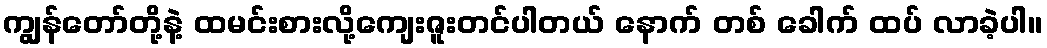
ကျွန်တော်တို့နဲ့ ထမင်းစားလို့ကျေးဇူးတင်ပါတယ် နောက် တစ် ခေါက် ထပ် လာခဲ့ပါ။